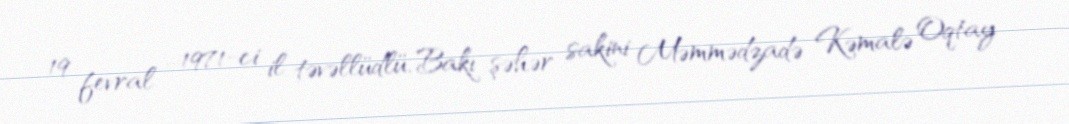
19 fevral - 1971-ci il təvəllüdlü, Bakı şəhər sakini Məmmədzadə Kəmalə Oqtay